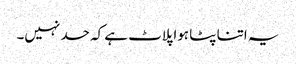
یہ اتنا پٹا ہوا پلاٹ ہے کہ حد نہیں۔